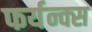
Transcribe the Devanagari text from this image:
फर्यन्क्स